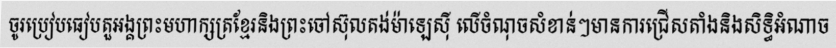
ចូរប្រៀបធៀបតួអង្គព្រះមហាក្សត្រខ្មែរនិងព្រះចៅស៊ុលតង់ម៉ាឡេស៊ី លើចំណុចសំខាន់ៗមានការជ្រើសតាំងនិងសិទ្ធិអំណាច